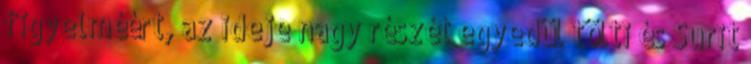
figyelméért, az ideje nagy részét egyedül tölti és Surit